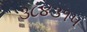
૩૮૪૩૧૫